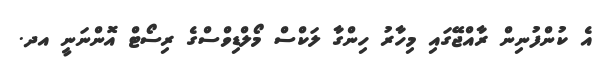
އެ ކުންފުނިން ރާއްޖޭގައި މިހާރު ހިންގާ ލަކްސް މޯލްޑިވްސްގެ ރިސޯޓް އޮންނަނީ އދ.